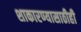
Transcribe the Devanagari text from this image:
शाकारण्यासाठीही